Annual report of the Punjab Veterinary College and of the Civil Veterinary Department, Punjab - 1926-1932
Year: 1926
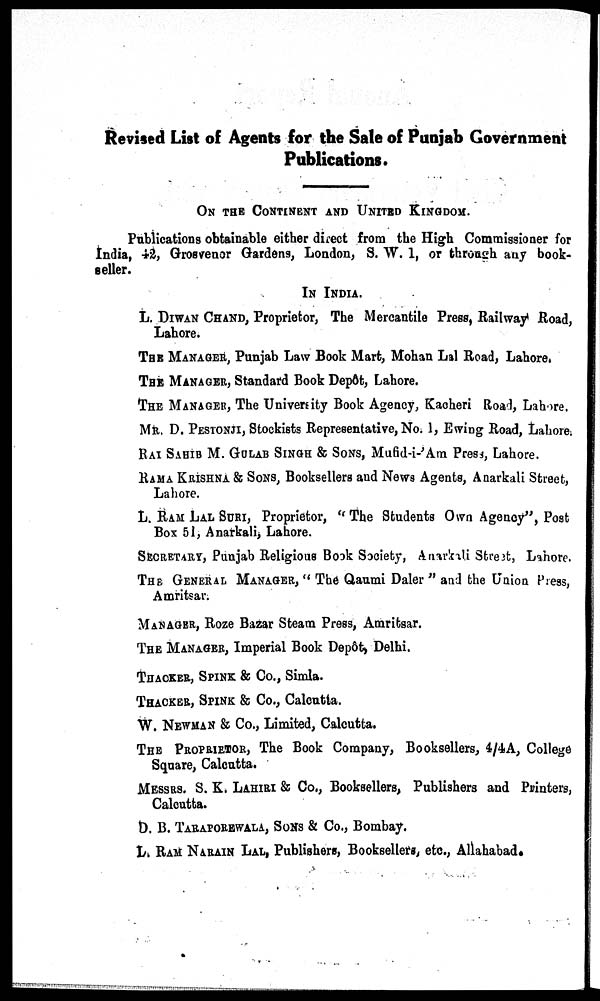
Revised List of Agents for the Sale of Punjab Government
Publications.
ON THE CONTENT AND UNITED KINGDOM.
Publications obtainable either direct from the High Commissioner for
India, 42, Grosvenor Gardens, London, S. W. I, or through any book-
seller.
IN INDIA.
L. DIWAN CHAND, Proprietor, The Mercantile Press, Railway Road,
Lahore.
THE MANAGER, Punjab Law Book Mart, Mohan Lal Road, Lahore.
THE MANAGER, Standard Book Depôt, Lahore.
THE MANAGER, The University Book Agency, Kacheri Road, Lahore.
MR. D. PESTONJI, Stockists Representative, No. 1, Ewing Road, Lahore.
RAI SAHIB M. GULAB SINGH & SONS, Mufid-i-'Am Press, Lahore.
RAMA KRISHNA & SONS, Booksellers and News Agents, Anarkali Street,
Lahore.
L. RAM LAL SURI, Proprietor, " The Students Own Agency", Post
Box 51, Anarkali, Lahore.
SECRETARY, Punjab Religious Book Society, Anarkali Street, Lahore.
THE GENERAL MANAGER, "The Qaumi Daler" and the Union Press,
Amritsar.
MANAGER, Roze Bazar Steam Press, Amritsar.
THE MANAGER, Imperial Book Depôt, Delhi.
THACKER, SPINK & Co., Simla.
THACKER, SPINK & Co., Calcutta.
W. NEWMAN & Co., Limited, Calcutta.
THE PROPRITOR, The Book Company, Booksellers, 4/4A, College
Square, Calcutta.
MESSRS. S. K. LAHAIRI & Co., Booksellers, Publishers and Printers,
Calcutta.
D. B. TARAPORWALLA, SONS & Co., Bombay.
L. RAM NARAIN LAL, Publishers, Booksellers, etc., Allahabad.